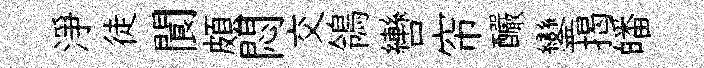
淨徒閬頗悶交鴒轡帘釅鑾揭皤